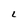
Character: L